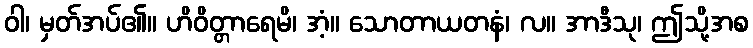
ဝါ၊ မှတ်အပ်၏။ ဟိဝိတ္တာရေမိ၊ အံ့။ သောတာယတနံ၊ လ။ အာဒီသု၊ ဤသို့အစ